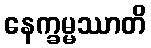
နေက္ခမ္မဿာတိ